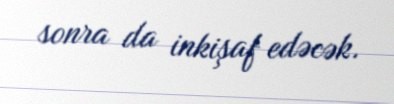
sonra da inkişaf edəcək.